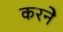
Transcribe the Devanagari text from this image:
करनेे